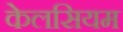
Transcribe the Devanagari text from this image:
केलसियम